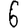
Digit: 6